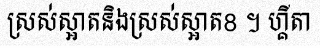
ស្រស់ស្អាតនិងស្រស់ស្អាត8 ។ ហ្គីតា